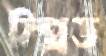
স্প্রিড